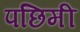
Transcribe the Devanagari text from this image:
पछिमी